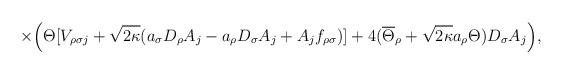
LaTeX: \begin{align*}\times\Big(\Theta [V_{\rho\sigma j}+\sqrt{2\kappa}(a_\sigma D_\rho A_j-a_\rho D_\sigma A_j+A_j f_{\rho\sigma})]+4(\overline{\Theta}_\rho +\sqrt{2\kappa}a_\rho\Theta) D_\sigma A_j\Big),\end{align*}